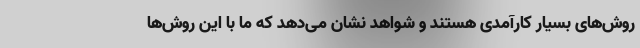
روش‌های بسیار کارآمدی هستند و شواهد نشان می‌دهد که ما با این روش‌ها